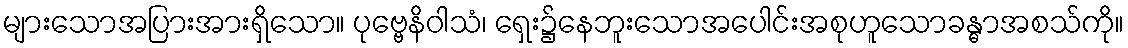
များသောအပြားအားရှိသော။ ပုဗ္ဗေနိဝါသံ၊ ရှေး၌နေဘူးသောအပေါင်းအစုဟူသောခန္ဓာအစသ်ကို။